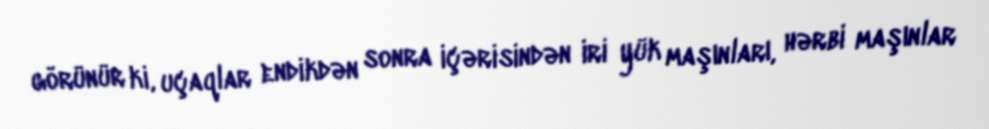
görünür ki, uçaqlar endikdən sonra içərisindən iri yük maşınları, hərbi maşınlar